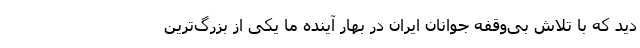
دید که با تلاش بی‌وقفه جوانان ایران در بهار آینده ما یکی از بزرگ‌ترین